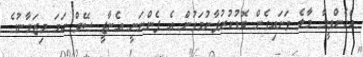
އެހެންވީމާ މާލެ ވަށައިގެން ބޮޑުކުރުފާނުމަގުން އެ ފެންނަނީ އެނާޖީ ސޭވް ހަމަ މިޒަމާނުގެ